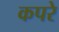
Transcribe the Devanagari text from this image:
कपरे